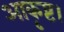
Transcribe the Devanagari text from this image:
आकृष्ट।